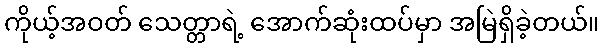
ကိုယ့်အဝတ် သေတ္တာရဲ့ အောက်ဆုံးထပ်မှာ အမြဲရှိခဲ့တယ်။